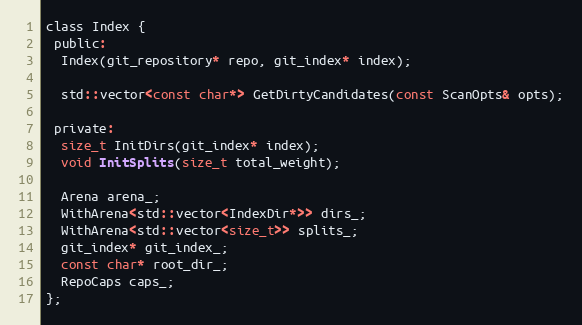
Language: C
class Index {
 public:
  Index(git_repository* repo, git_index* index);

  std::vector<const char*> GetDirtyCandidates(const ScanOpts& opts);

 private:
  size_t InitDirs(git_index* index);
  void InitSplits(size_t total_weight);

  Arena arena_;
  WithArena<std::vector<IndexDir*>> dirs_;
  WithArena<std::vector<size_t>> splits_;
  git_index* git_index_;
  const char* root_dir_;
  RepoCaps caps_;
};